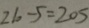
2 1 0 - 5 = 2 0 5